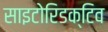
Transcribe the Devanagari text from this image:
साइटोरिडक्टिव